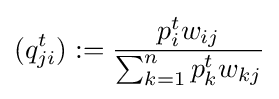
(q_{ji}^{t}):={\dfrac {p_{i}^{t}w_{ij}}{\sum _{k=1}^{n}p_{k}^{t}w_{kj}}}